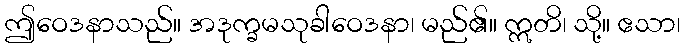
ဤဝေဒနာသည်။ အဒုက္ခမသုခါဝေဒနာ၊ မည်၏။ ဣတိ၊ သို့။ ဧသာ၊